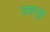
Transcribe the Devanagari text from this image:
उसपुल